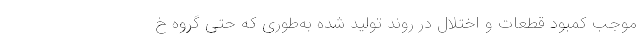
موجب کمبود قطعات و اختلال در روند تولید شده به‌طوری که حتی گروه خ